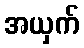
အယှက်